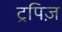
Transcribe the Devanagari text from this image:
ट्रपिज़